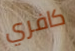
كافري